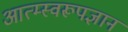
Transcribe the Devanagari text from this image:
आत्म्स्वरूपज्ञान